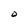
Character: O